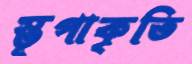
স্তূপাকৃতি